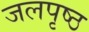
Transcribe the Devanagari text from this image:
जलपृष्ठ